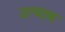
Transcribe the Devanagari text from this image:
उत्पदक